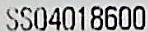
SS04018600